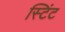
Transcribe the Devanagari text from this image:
स्टिंट